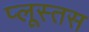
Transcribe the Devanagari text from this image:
प्लूस्तस